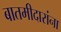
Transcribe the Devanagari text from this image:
बातमीदारांना